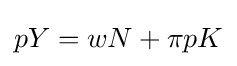
pY=wN+\pi pK